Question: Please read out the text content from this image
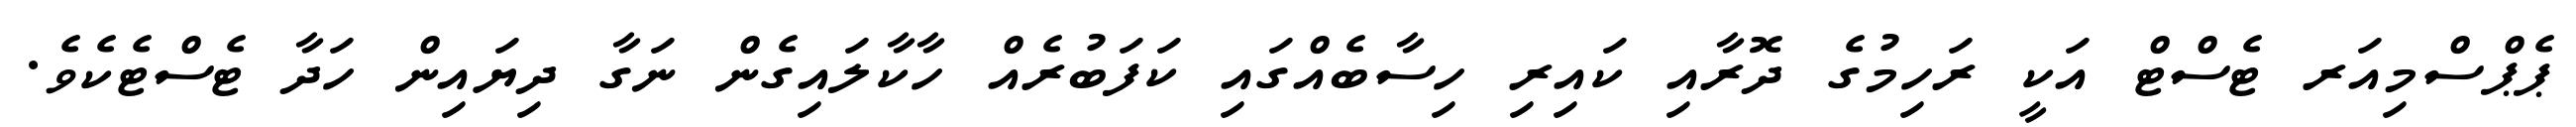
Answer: ޕެޕްސްމިއަރ ޓެސްޓް އަކީ ރަހިމުގެ ދޮރާއި ކައިރި ހިސާބެއްގައި ކަފަބުރެއް ހާކާލައިގެން ނަގާ ދިޔައިން ހަދާ ޓެސްޓެކެވެ.